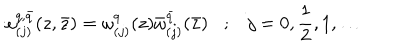
\omega _ { ( j ) } ^ { q , \bar { q } } ( z , \bar { z } ) = \omega _ { ( j ) } ^ { q } ( z ) \bar { \omega } _ { ( j ) } ^ { \bar { q } } ( \bar { z } ) ; j = 0 , \frac { 1 } { 2 } , 1 , \ldots